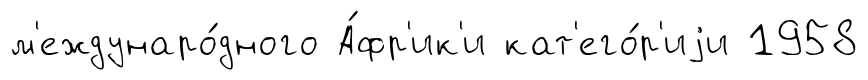
м'еждунаро́дного А́фр'ик'и кат'его́р'иjи 1958